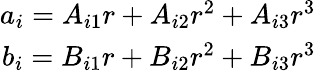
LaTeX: \begin{array}{r}{a_{i}=A_{i1}r+A_{i2}r^{2}+A_{i3}r^{3}}\\ {b_{i}=B_{i1}r+B_{i2}r^{2}+B_{i3}r^{3}}\end{array}